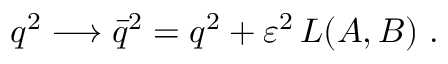
q ^ { 2 } \longrightarrow \bar { q } ^ { 2 } = q ^ { 2 } + \varepsilon ^ { 2 } \, L ( A , B ) \ .